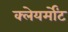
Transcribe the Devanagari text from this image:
क्लेयर्मोंट